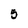
Character: 5